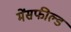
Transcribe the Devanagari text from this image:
मेंसफील्ड